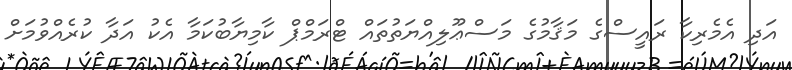
އަދި އެމެރިކާ ރައީސްގެ މަޤާމުގެ މަސްޢޫލިއްޔަތުތައް ޓްރަމްޕް ކާމިޔާބުކަމާ އެކު އަދާ ކުރެއްވުމަށް